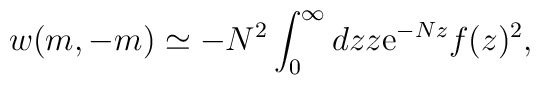
w(m,-m)\simeq -N^2 \int_{0}^{\infty} dz z {\rm e}^{-Nz} f(z)^2 ,